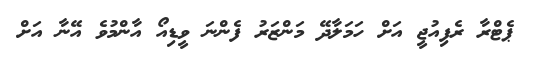
ޕެޓްރާ ރެފިއުޖީ އަށް ހަމަލާދޭ މަންޒަރު ފެންނަ ވީޑިއޯ އާންމުވެ އޭނާ އަށް